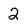
Character: 2